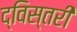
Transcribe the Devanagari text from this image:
द्विस्तरी